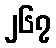
၂၆၇